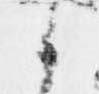
候